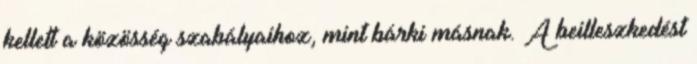
kellett a közösség szabályaihoz, mint bárki másnak. A beilleszkedést